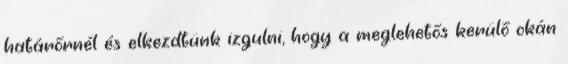
határőrnél és elkezdtünk izgulni, hogy a meglehetős kerülő okán